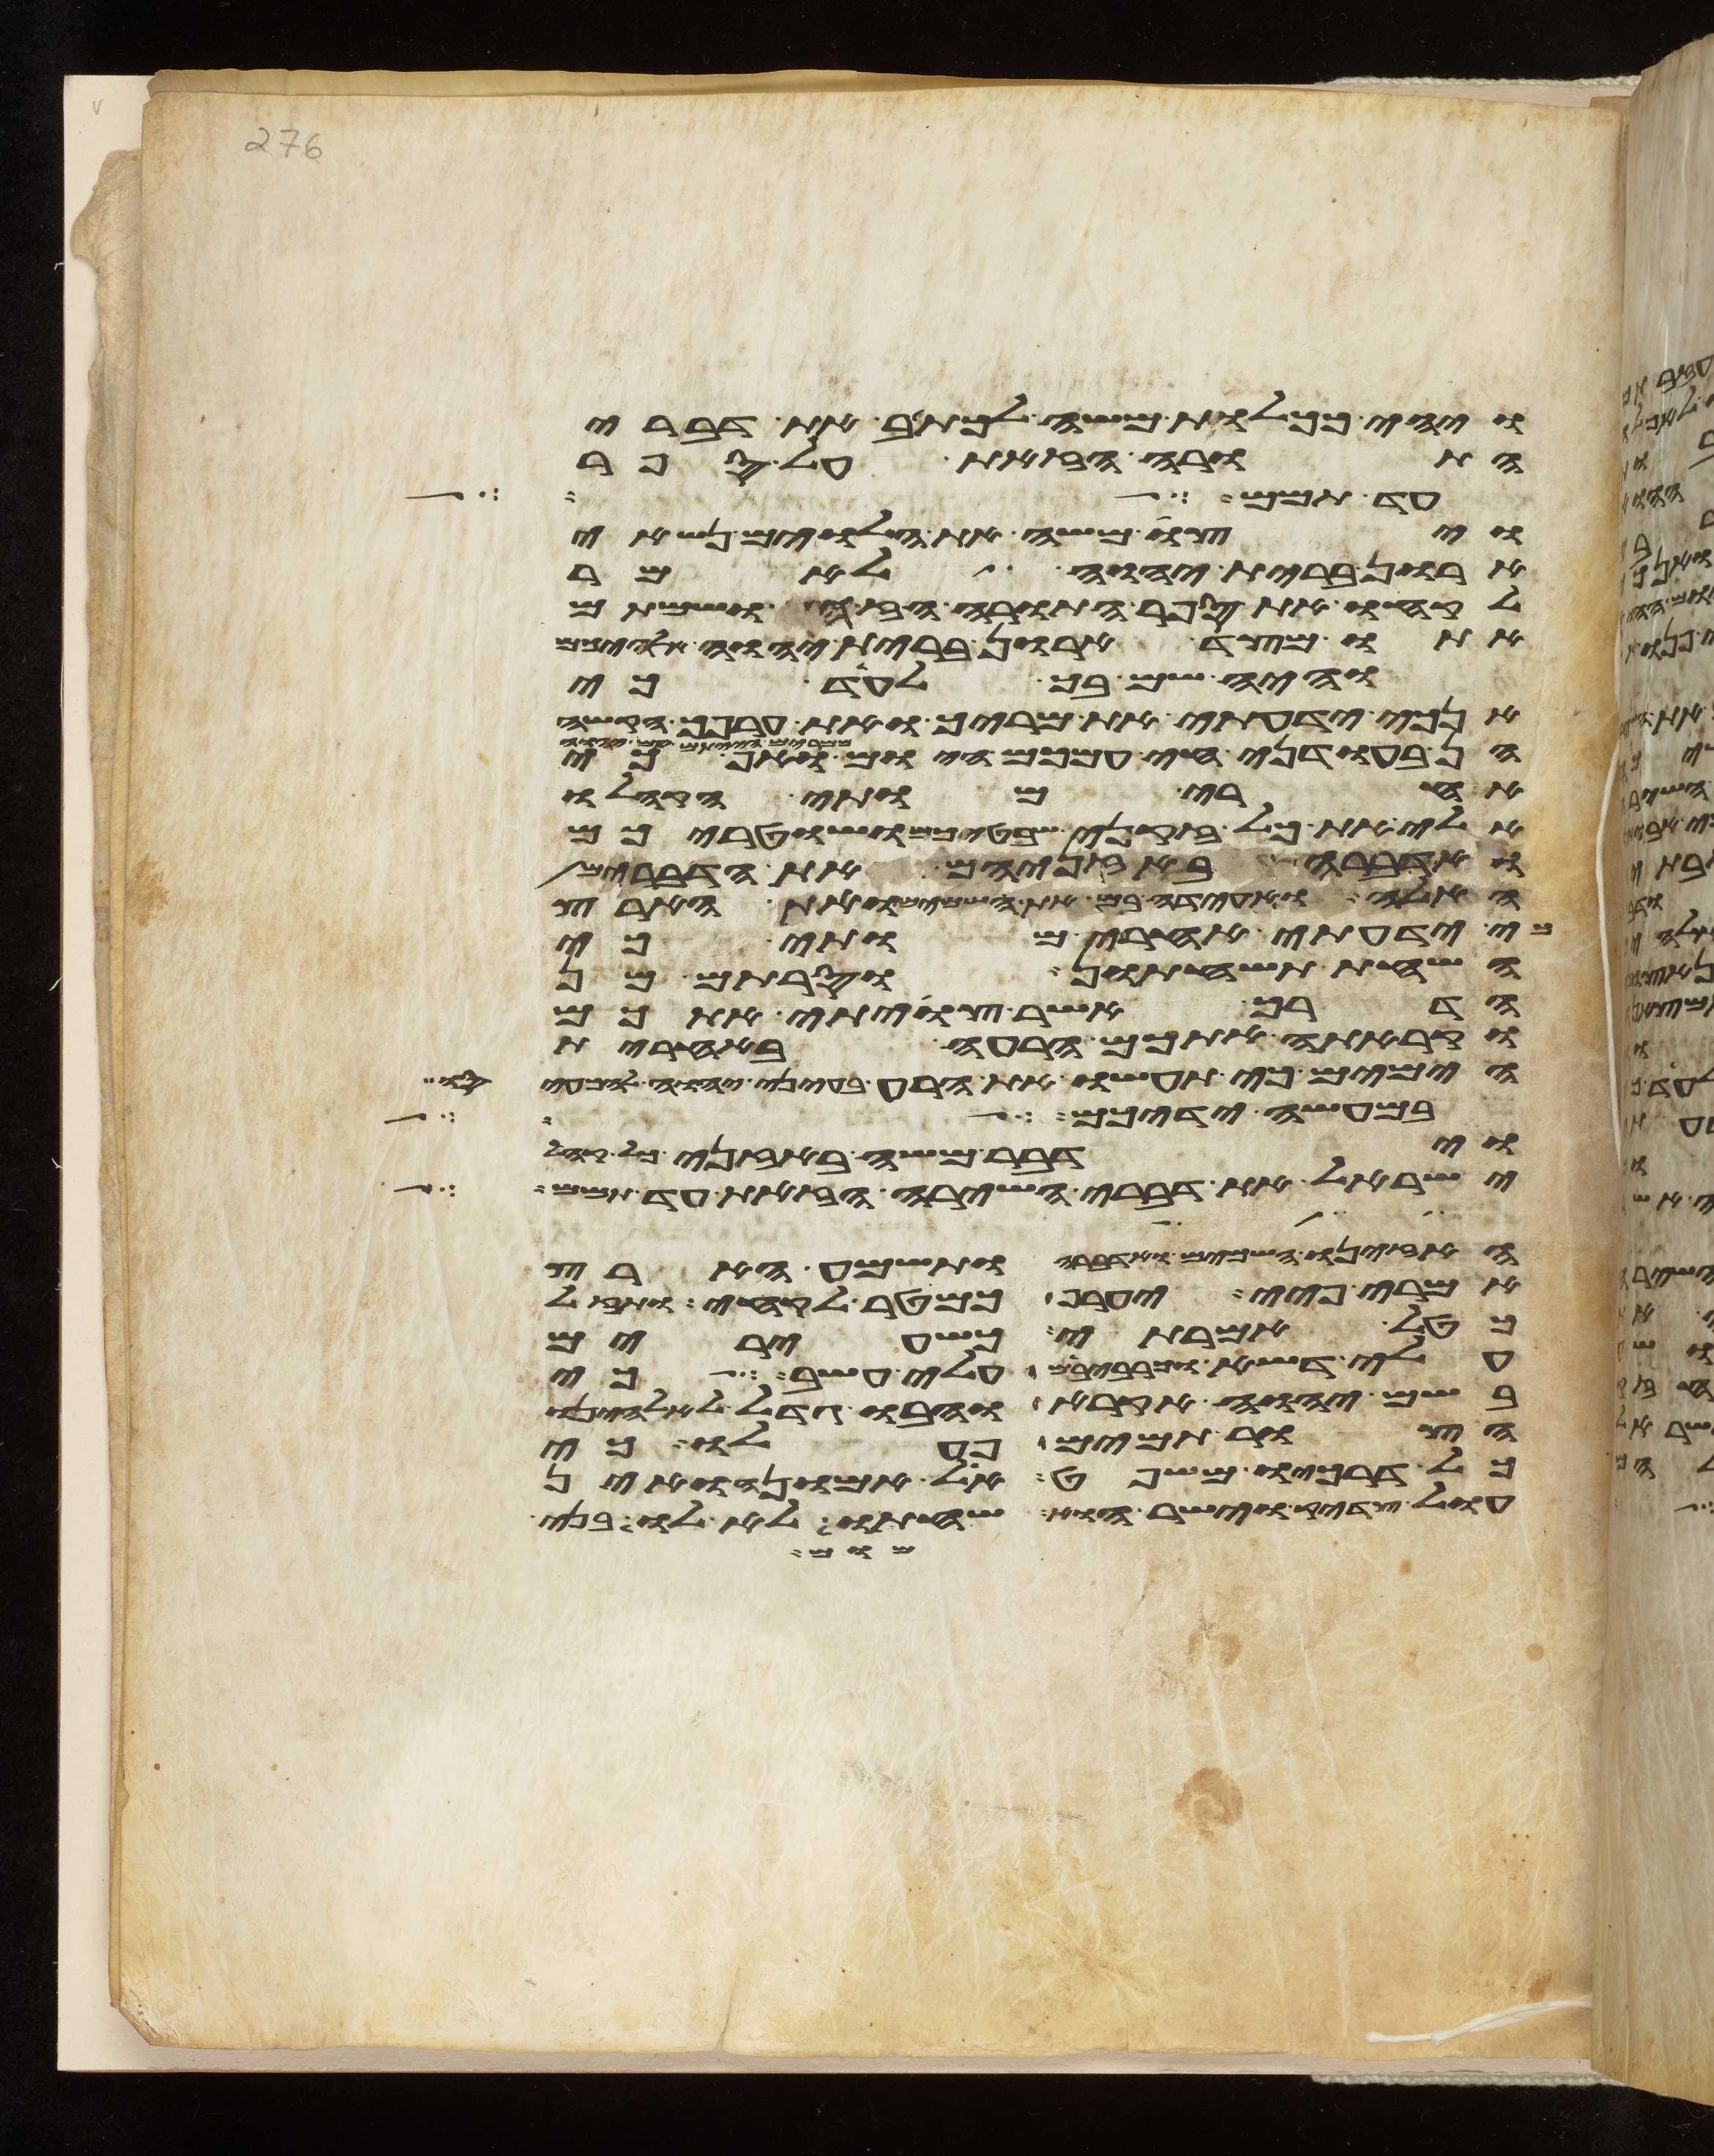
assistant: ויהי ככלות משה לכתב את דברי
התורה הזאת על ספר
עד תמם האזינו
ויצו משה את הלוים נשאי
ארון ברית יהוה לאמר
לקחו את ספר התורה הזה ושמתם
אתו מצד ארון ברית יהוה אלהיכם
והיה שם בך לעד כי
אנכי ידעתי את מריך ואת ערפך הקשה
הן בעודני חי עמכם היום ממרים
אחרי מותי הקהלו
אלי את כל זקני שבטיכם ושטריכם
ואדברה באזניהם את הדברים
האלה ואעידה בם את השמים ואת הארץ
כי ידעתי אחרי מותי כי
השחת תשחתון וסרתם מן
הדרך אשר צויתי אתכם
וקרתה אתכם הרעה באחרית
הימים כי תעשו את הרע בעיני יהוה להכעיסו
במעשה ידיכם
וידבר משה באזני כל קהל
ישראל את דברי השירה הזאת עד תמם
האזינו השמים ואדברה ותשמע הארץ
אמרי פיי יערף כמטר לקחי ותאזל
כטל אמירתי כשעירים
עלי דשא וכרביבים עלי עשב כי
בשם יהוה אקרא והבו גדל לאלהינו
הצור תמים פעלו כי
כל דרכיו משפט אל אמונה ואין
עול צדיק וישר הוא שחתו לא לו בני
מום